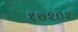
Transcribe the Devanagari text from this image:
१७२०२